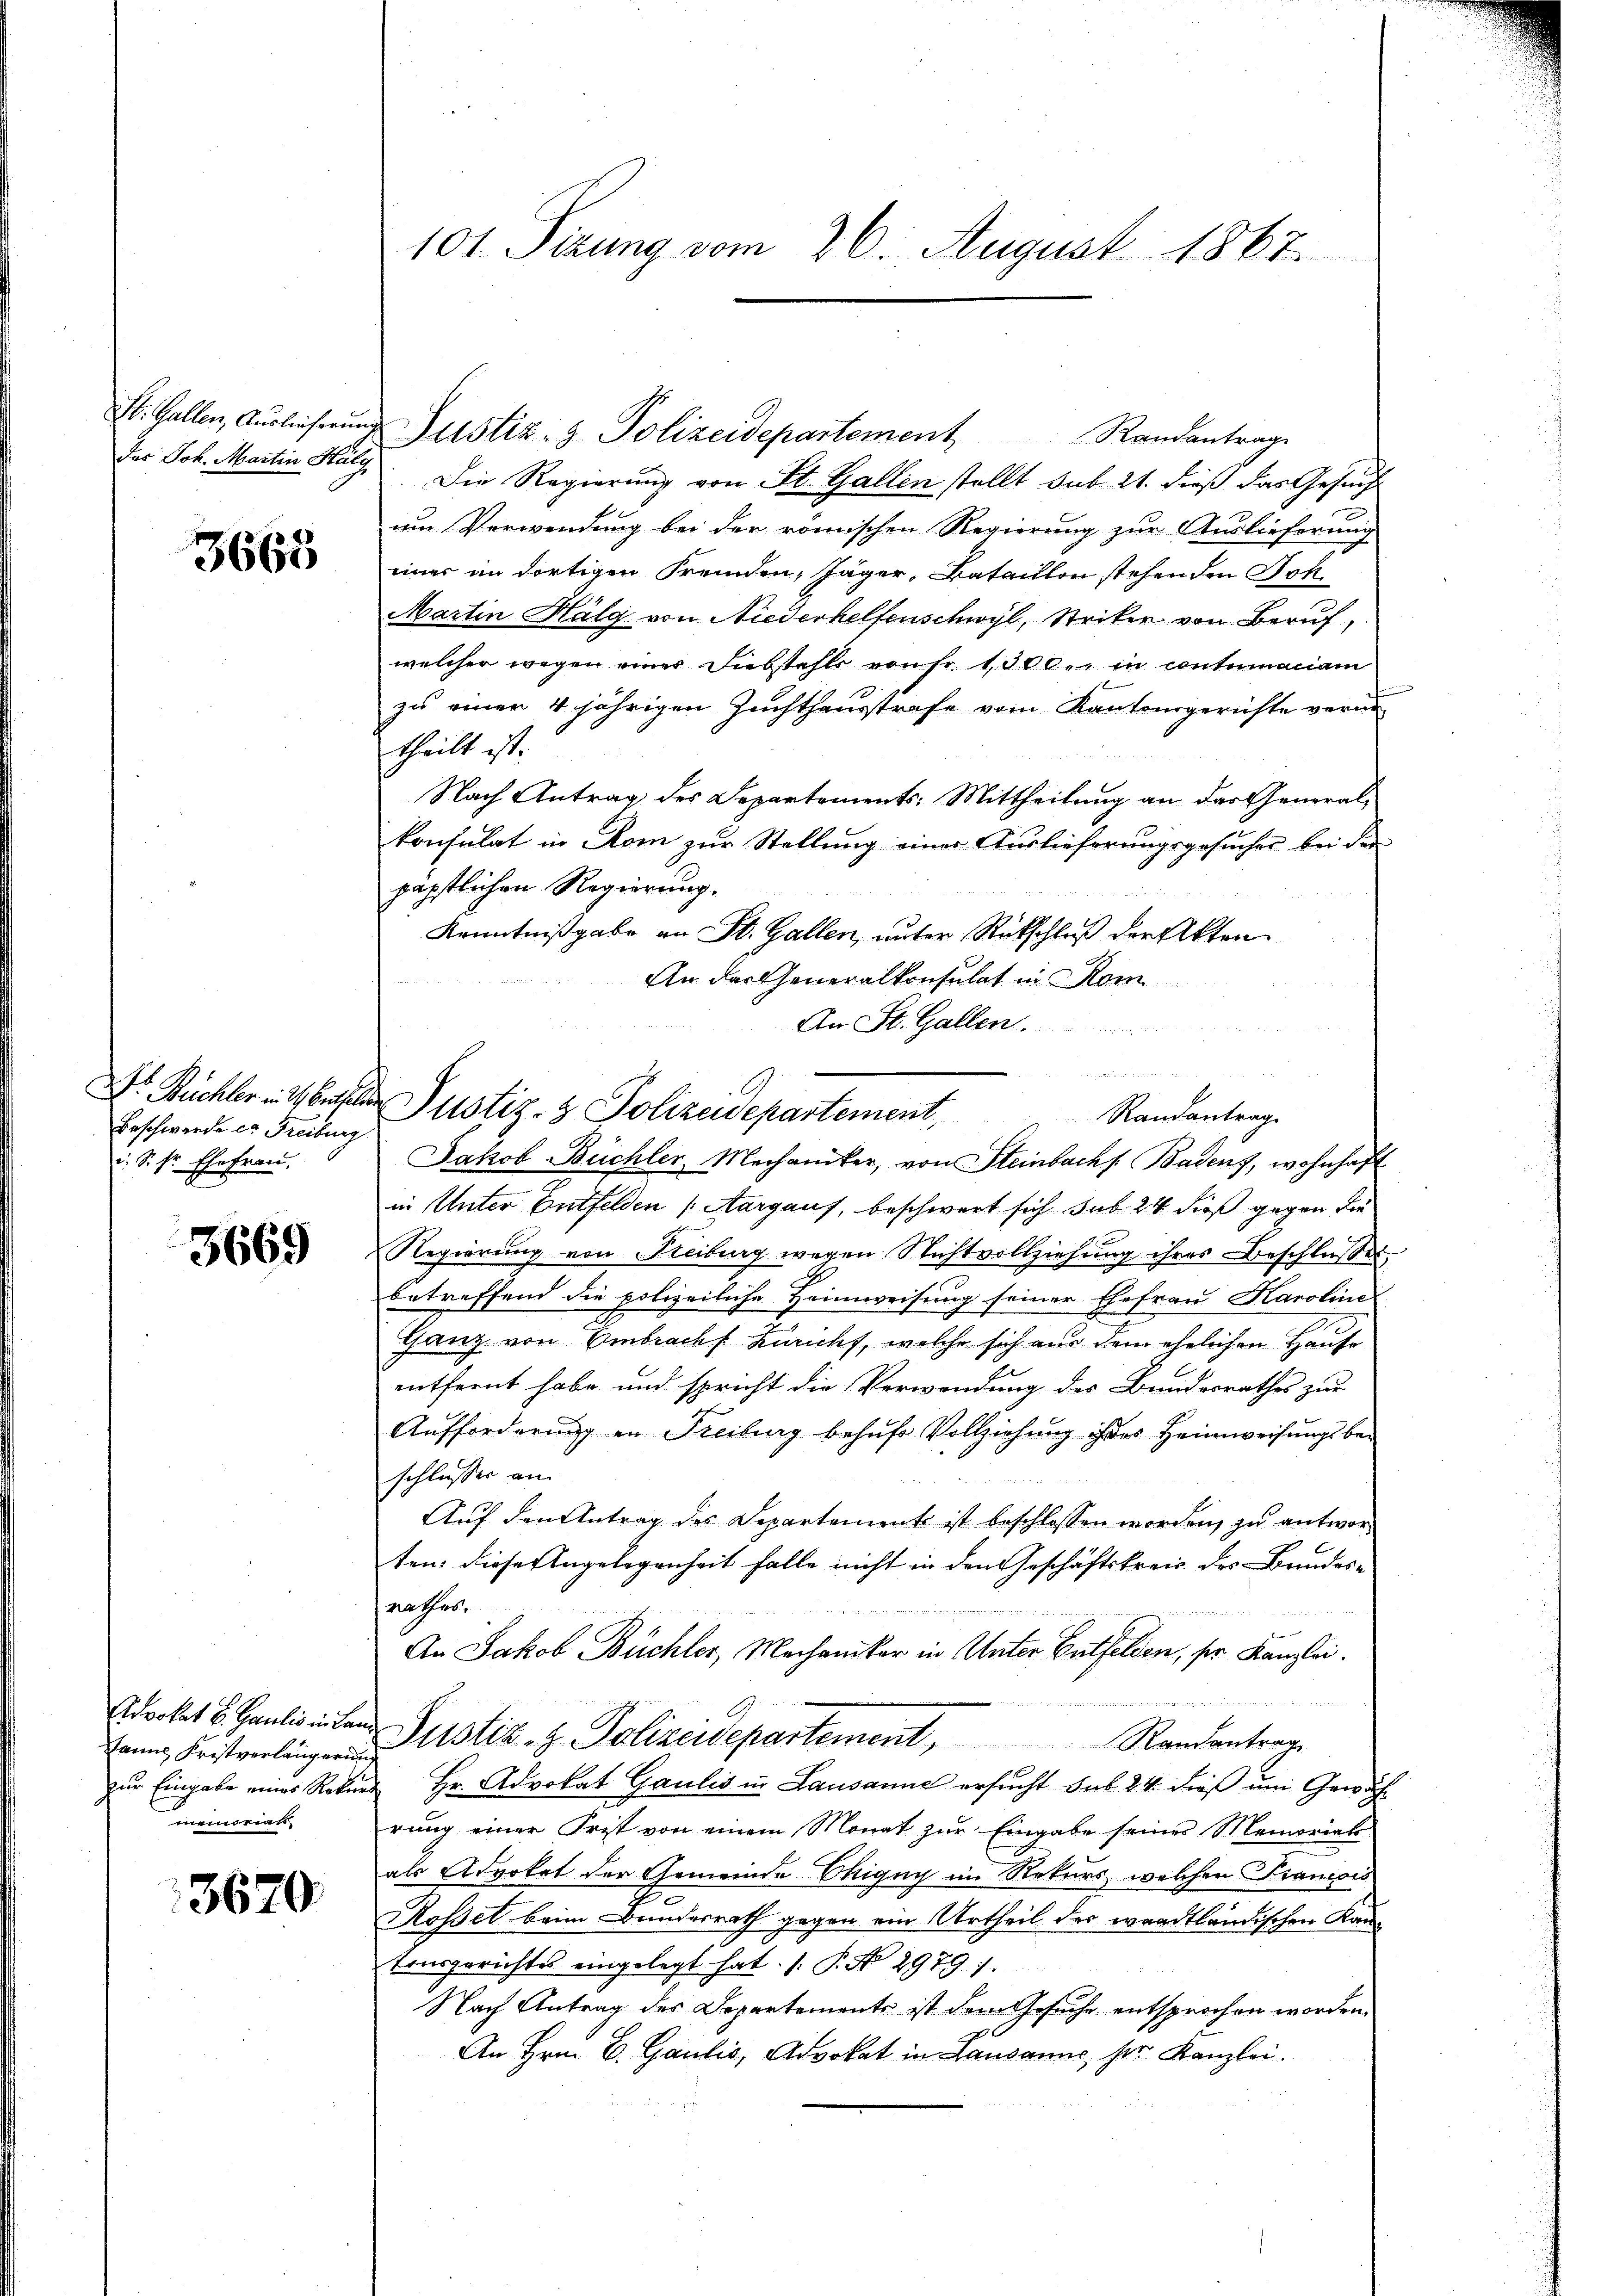
3663

Dr. Reichler in derselben
Beschwerde es Freiburg
c. S. fr. Ehefrau.

3669

Sanns Fristverlängerung
memoriats

3670

101. Sizung vom 26. August 1867.

der Joh. Martin Halg. Die Regierung von St. Gallen stellt sub 21. dieß das Gesuch
um Verwendung bei der römischen Regierung zur Auslieferung
einer im dortigen Fremden, Jäger-Bataillon stehenden Sch
Martin Halg von Niederhelfenschwyl, Striker von Beruf,
welcher wegen einer Diebstahls von fr. 1300. in contumaciam
zu einen 4 jährigen Zuchthausstrafe vom Kantonsgerichte vorne
theilt ist.
Nach Antrag des Departements-Mittheilung an der Generalkonsulat in Rom zur Stellung einer Auslieferungsgesucher bei der
päpstlichen Regierung.
Kenntnißgabe an St. Gallen, unter Rückschluß der Akten
An der Generalkonsulat in Rom
An St. Gallen.
u

St. Gallen, Auslieferŭng Justiz- & Polizeidepartement Randantrag

Jakob Büchler, Mechaniker, von Steinbachs Badenz, wohnhaft
in Unter Entfelden (Aargauf, beschwert sich sub 24 dieß gegen die
Regierung von Freiburg wegen Nichtvollziehŭng ihres Beschlŭsses.
betreffend die polizeiliche Heimweisung seiner Ehefrau Karoline
Ganz von Embrach Züricht, welche sich aus dem ehelichen Hause
entfernt habe und spricht die Verwendung des Bundesrathes zur
Aŭfforderŭng in Freiburg behŭfe Vollziehŭng ihres Heimweisŭngsbe-
schlusser an
Auf den Antrag des Departement ist beschlossen worden, zu antworten: dieser Angelegenheit falle nicht in den Geschäftskreis des Bundesnathes,

An Jakob Büchler, Mechaniker in Unter Butfelden, ser Kanzlei.
Edrokat B. Paulis inten Justiz- & Polizeidepartement, Randantrag
zŭr Eingabe eines Rekurs Hr. Advokat Gaulis in Lausanne ersucht sub 24 dieß um Gewächrung einer Frist von einem Monat zur Eingabe seines Memorial
als Advokat der Gemeinde Chigny im Rekurs, welchen Francois
Rossel beim Bundesrath gegen ein Urtheil des waadtländischen Kantonsgerichtes eingelegt hat. (: P. No 2979. 1.
Nach Antrag des Departements ist dem Gesuche entsprochen worden.
An Hrn. C. Gaulis, Advokat in Lausanne, per Kanzlei.

Justiz- & Polizeidepartement,
Randantrag.